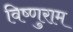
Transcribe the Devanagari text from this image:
विष्णुराम